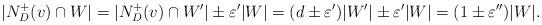
LaTeX: \begin{align*}|N_D^+(v)\cap W|= |N_D^+(v)\cap W'|\pm\varepsilon' |W|=(d\pm \varepsilon')|W'|\pm\varepsilon' |W|=(1\pm\varepsilon'')|W|.\end{align*}